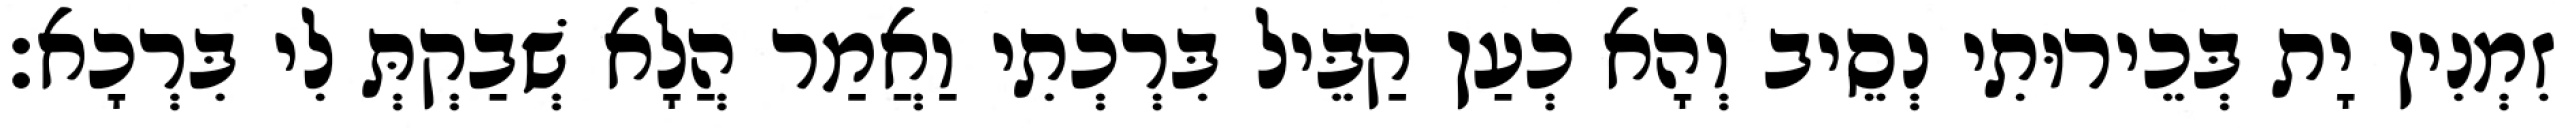
זִמְנִין יָת בְּכֵירוּתִי נְסֵיב וְהָא כְעַן קַבֵּיל בִּרְכְתִי וַאֲמַר הֲלָא שְׁבַקְתְּ לִי בִּרְכָא׃